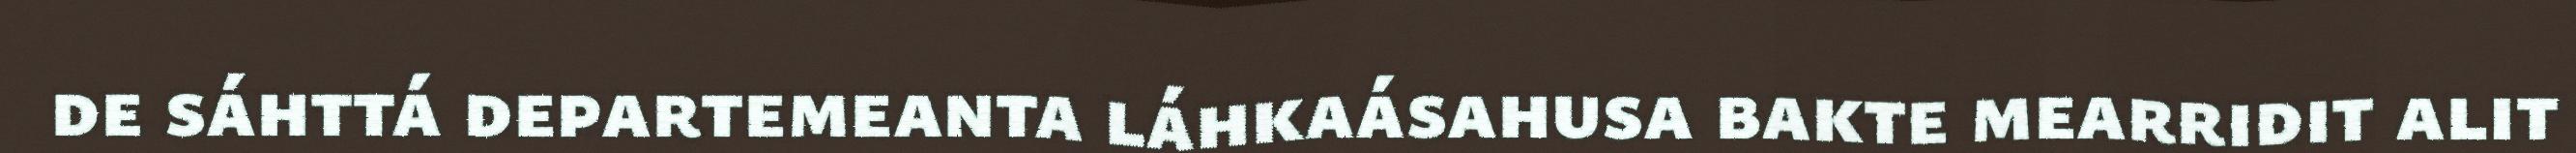
de sáhttá departemeanta láhkaásahusa bakte mearridit alit